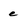
Character: e